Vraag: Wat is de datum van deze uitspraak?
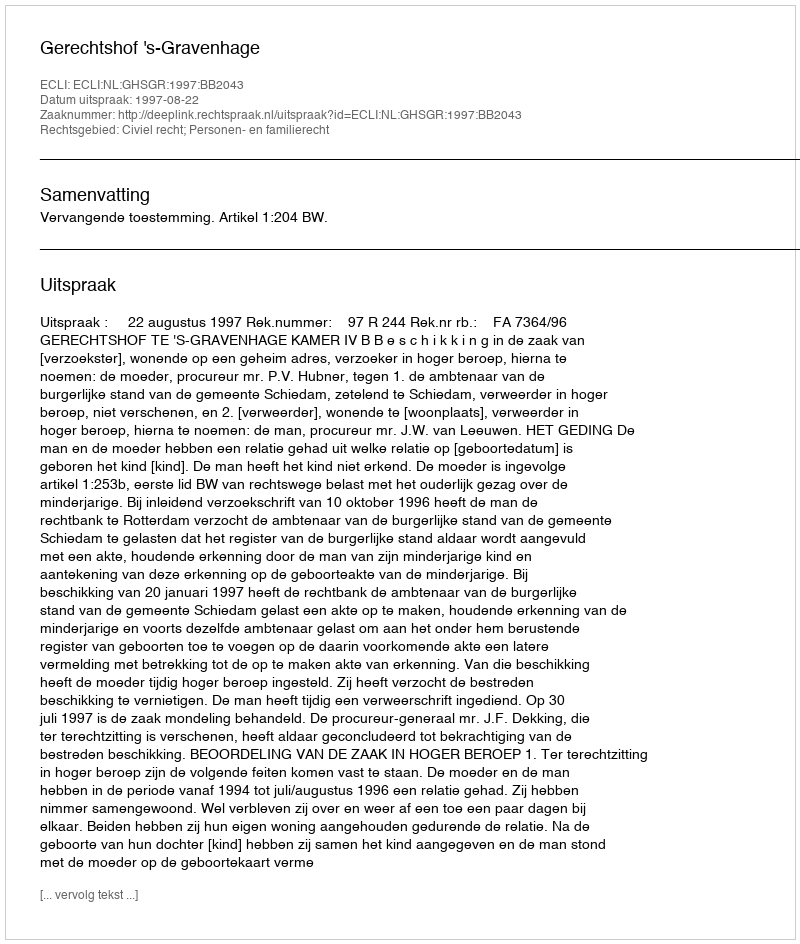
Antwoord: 1997-08-22